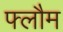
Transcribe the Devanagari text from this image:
फ्लौम